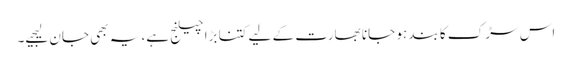
اس سڑک کا بند ہو جانا بھارت کے لیے کتنا بڑا چیلنج ہے، یہ بھی جان لیجیے۔